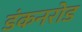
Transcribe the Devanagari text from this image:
डंकनरोड